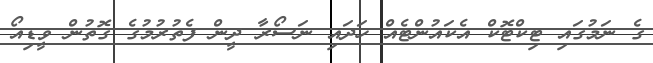
ގެ ނަމުގައި ޓިކްޓޮކް އެކައުންޓެއް ހަދައި ނަސޯރާ ދީން ފެތުރުމުގެ ގޮތުން ވީޑިއޯ